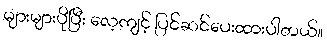
များများပိုပြီး လေ့ကျင့် ပြင်ဆင်ပေးထားပါတယ်။